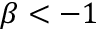
\beta < - 1